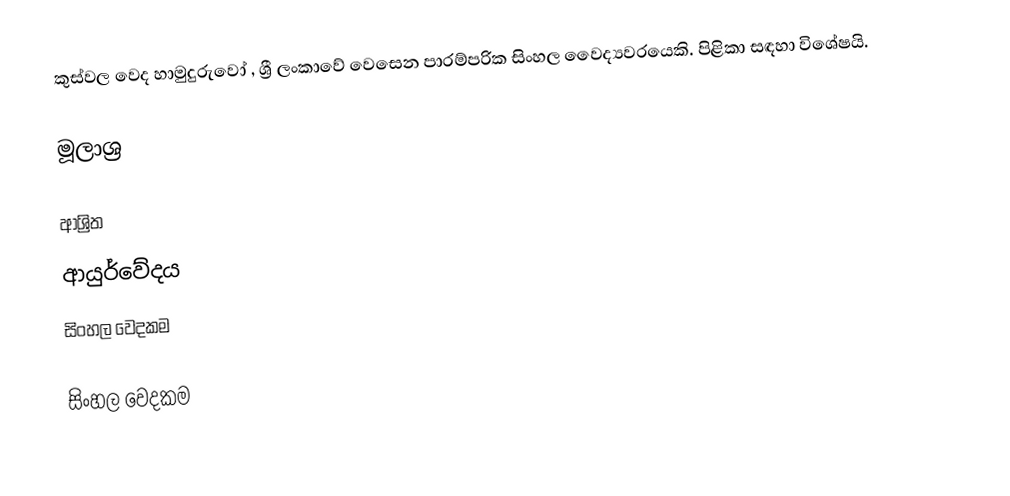
කුස්‌වල වෙද හාමුදුරුවෝ , ශ්‍රී ලංකාවේ වෙසෙන පාරම්පරික සිංහල වෛද්‍යවරයෙකි. පිළිකා සඳහා විශේෂයි.

මූලාශ්‍ර

ආශ්‍රිත
 ආයුර්වේදය
 සිංහල වෙදකම

සිංහල වෙදකම